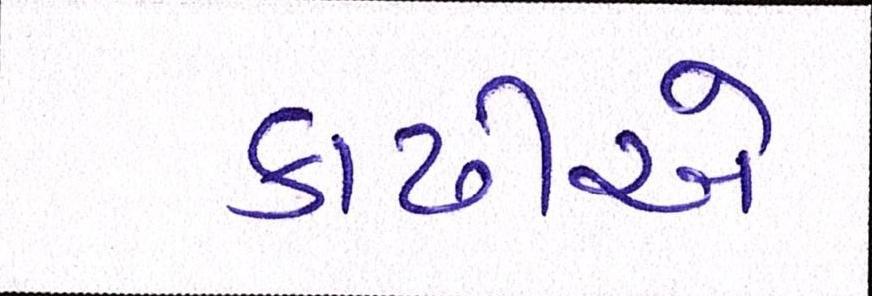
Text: કાઢીએ